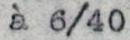
à 6/40